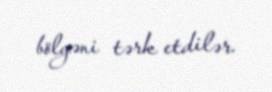
bölgəni tərk etdilər.